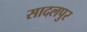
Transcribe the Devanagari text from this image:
सादलपुर